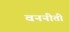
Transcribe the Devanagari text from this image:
वननीती